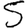
Digit: 5